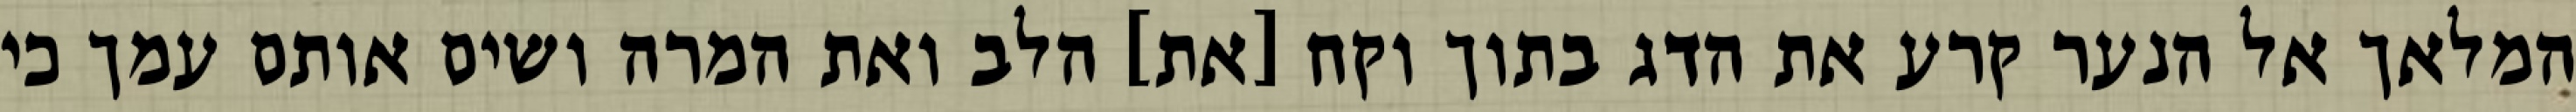
המלאך אל הנער קרע את הדג בתוך וקח [את] הלב ואת המרה ושים אותם עמך כי